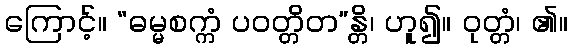
ကြောင့်။ “ဓမ္မစက္ကံ ပဝတ္တိတ”န္တိ၊ ဟူ၍။ ဝုတ္တံ၊ ၏။